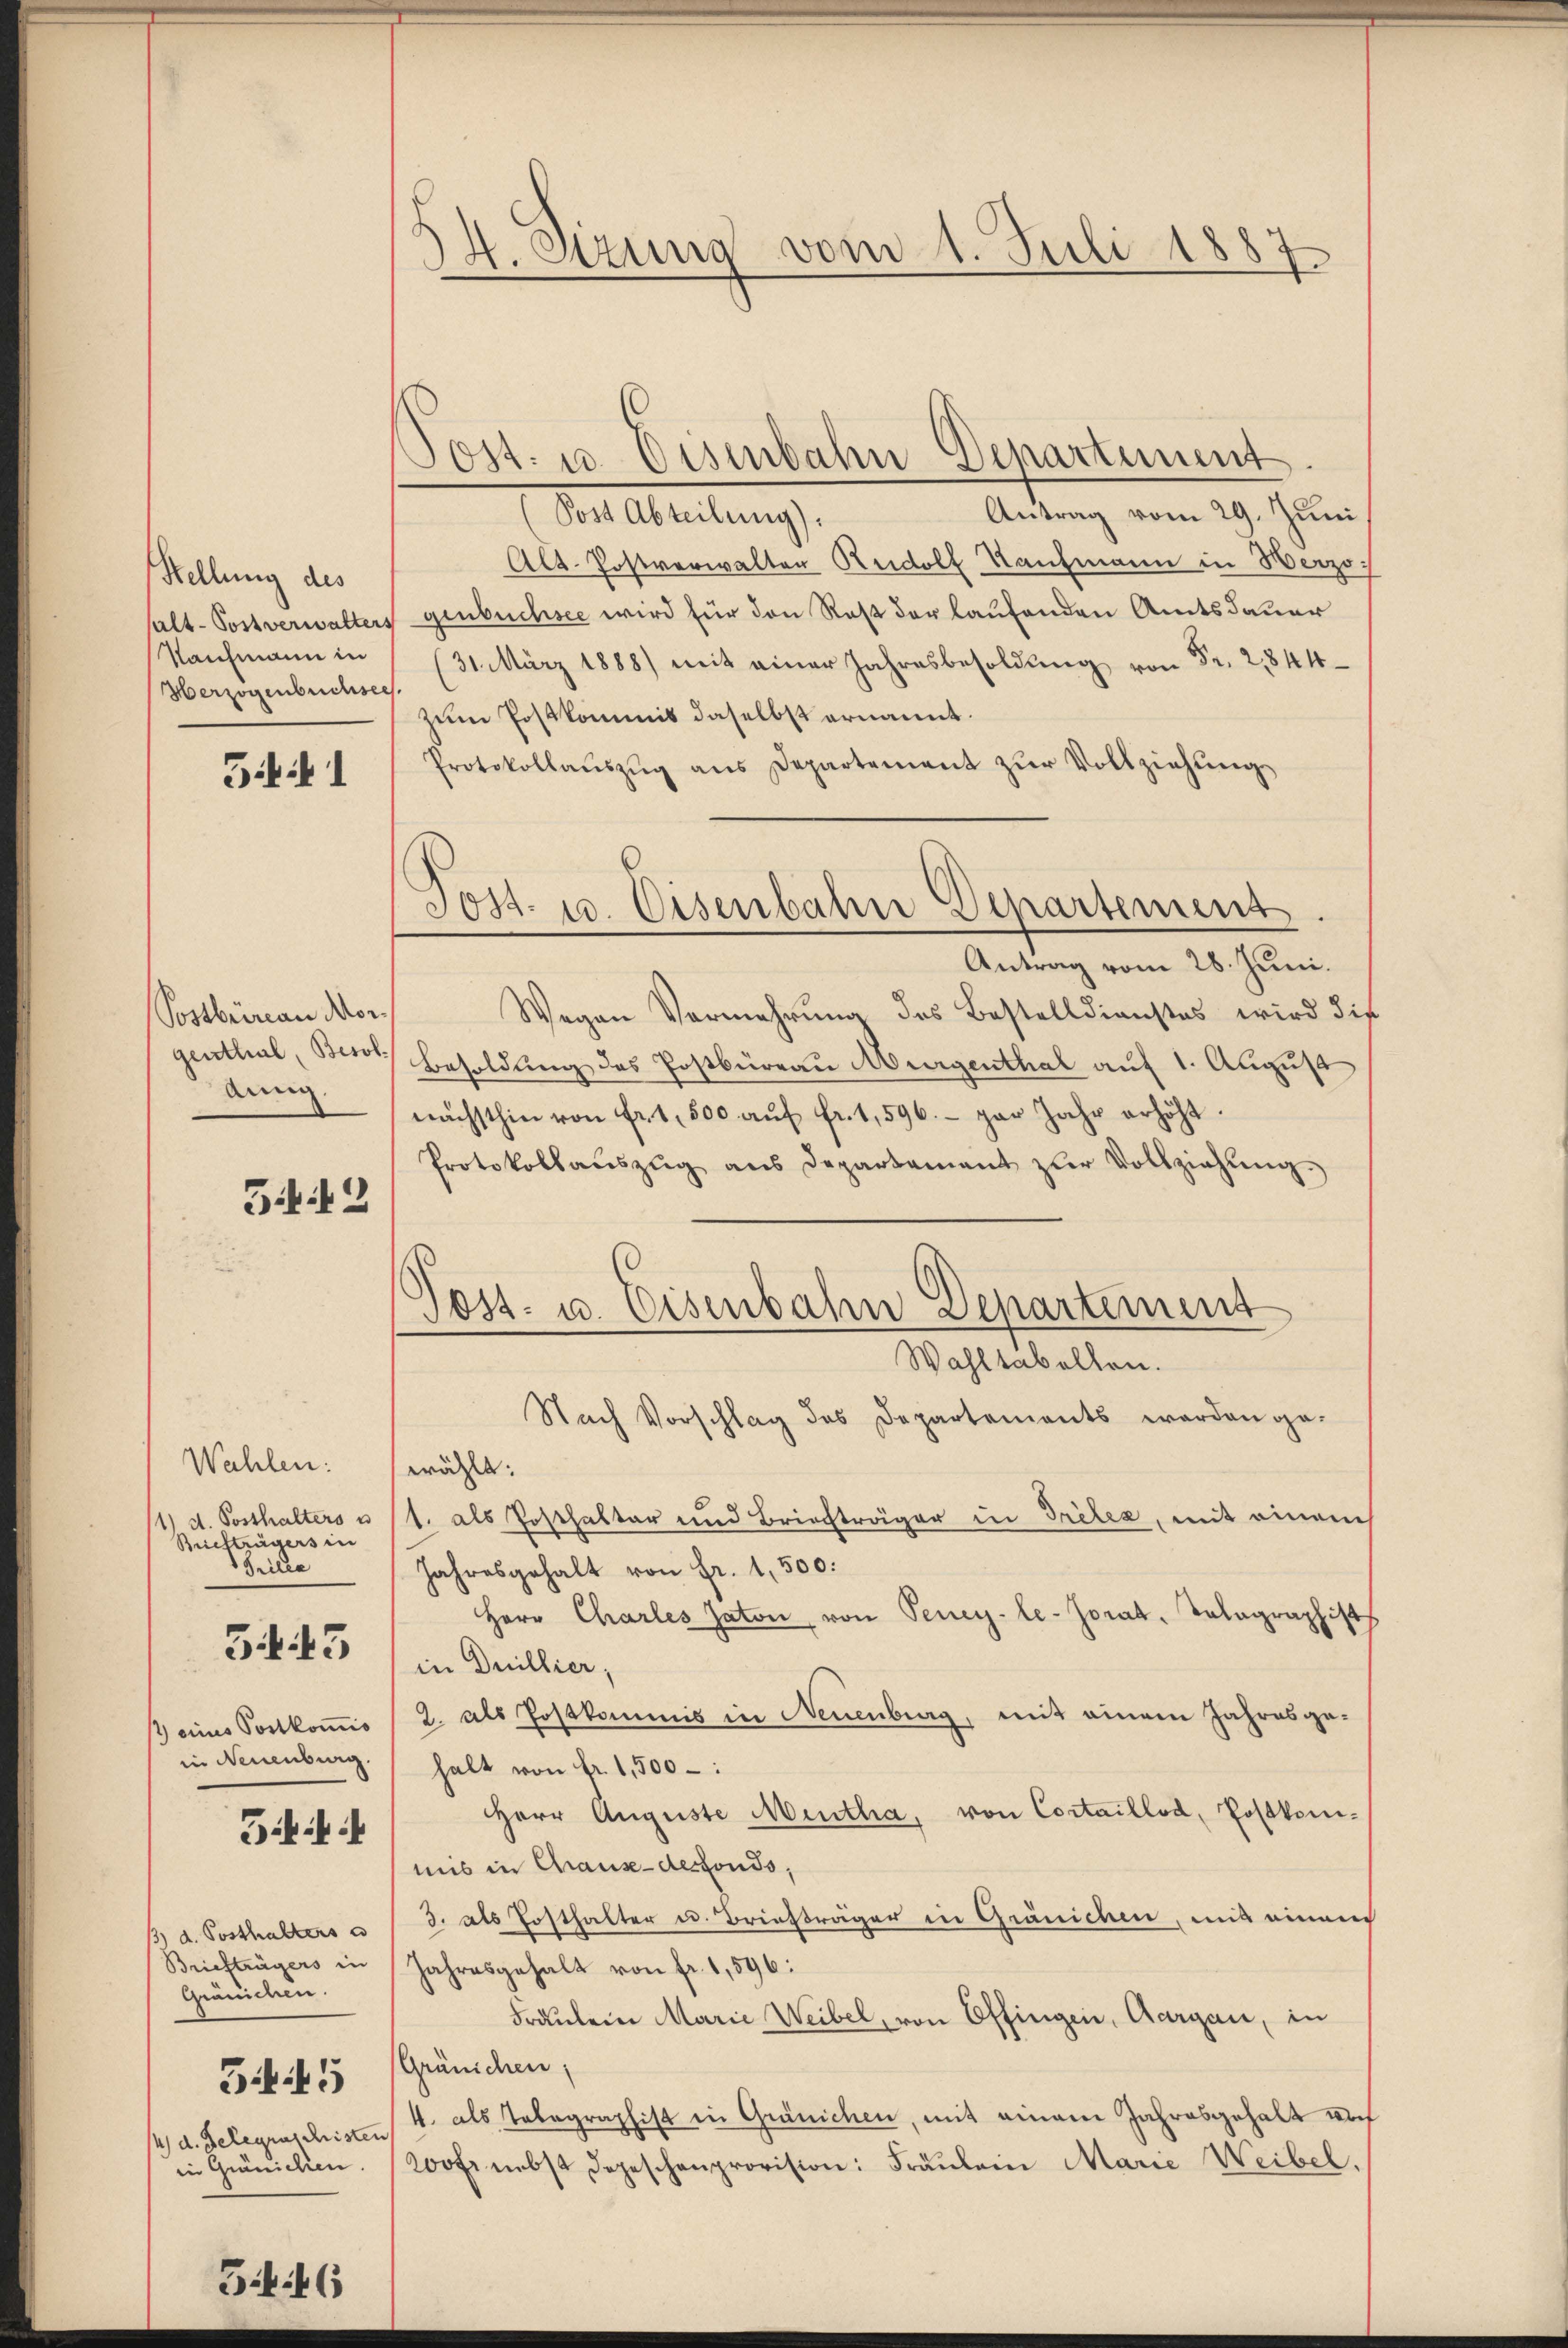
Stellung des
Herzogenbuchsees.

Gii 1

Postbrirau Mor¬
Arn.

342

Wahlen:
Briefträgers in
ilee

54. 43

34i

Gränichen.
34i5
4) d. Gelegenschristen
in Gränichen.

G1446

Post. 10. Eisenbahn Departement
Antrag vom 29. Juni
Die Abteilung,
Alt-Postverwalten Rudolf Kaufmann in Herzo
halt-Postverwalters genbuchsee wird für den Rest der laufenden Amtsdauer
Kaufmann in 31. März 1888) mit einer Jahresbesoldŭng von Fr. 2844
zum Postkommis daselbst ernannt.
Protokollaŭszŭg ans Departement zŭr Vollziehŭng
Antrag vom 28. Juni.
Wegen Vermehrung des Bestelldienstes wird die
genthal, Besor Besoldung des Postbüreau Murgenthal auf 1. August
nächsthin von fr. 1. 500 aŭf fr. 1,596. gar Jahr erhöht.
Protokollaŭszŭg ans Departament zŭr Vollziehŭng
Nach Vorschlag des Departements werden ge-
wählt:
1 d. Posthalters u 1. als Posthalter und Briechträger in Treter, mit einem
Jahresgehalt von Fr. 1,500.
Herr Charles saton von Teney-le-Jorat, Talagraphist
in Duillier,
 eines Postkomis / 2. als Postkommis in Neuenburg, mit einem Jahresgein Neuenburg halt von fr. 1,500 :
Herr Auguste Mentha, von Cortaillod, Postkommis in Chaux-desfonds,
 d. Posthaltens    3. als Posthalter u. Briefträger in Gränichen, mit einem
Briefträgers in Jahresgehalt von fr. 1,596:
Fräulein Marie Weibel, von Offingen, Aargau, in
Gränichen,
4. als Telegraphist in Gränichen, mit einem Jahresgehalt noch
200fr. nebst depeschenprovision: Fräŭlein Marie Weibel.

4. Sizung vom 1. Juli 1887

Post. 10. Eisenbahn Departement

Post- u. Eisenbahn Departement
Wahltabellen.